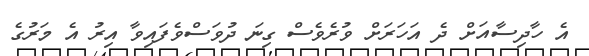
އެ ހާދިސާއަށް ދެ އަހަރަށް ވުރެވެސް ގިނަ ދުވަސްވެފައިވާ އިރު އެ މަރުގެ